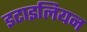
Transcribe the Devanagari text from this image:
इटाइलियन